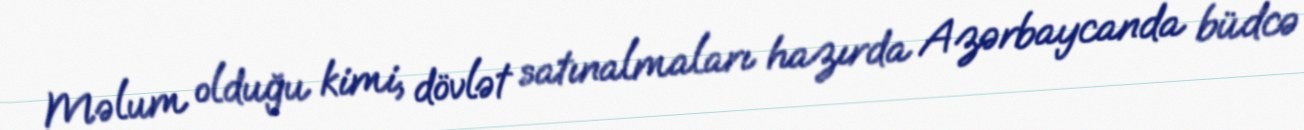
Məlum olduğu kimi, dövlət satınalmaları hazırda Azərbaycanda büdcə